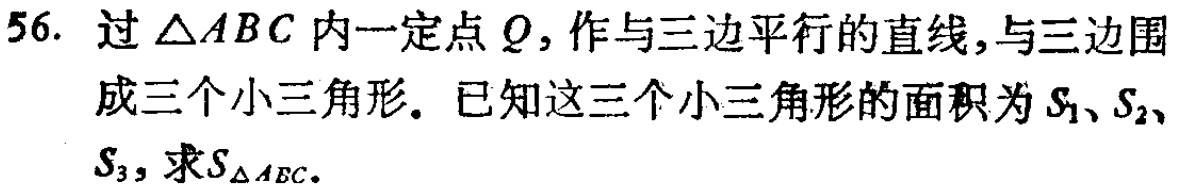
56. 过\(\triangle ABC\)内一定点\(Q\)，作与三边平行的直线，与三边围成三个小三角形。已知这三个小三角形的面积为\(S_{1}\)、\(S_{2}\)、\(S_{3}\)，求\(S_{\triangle ABC}\)。